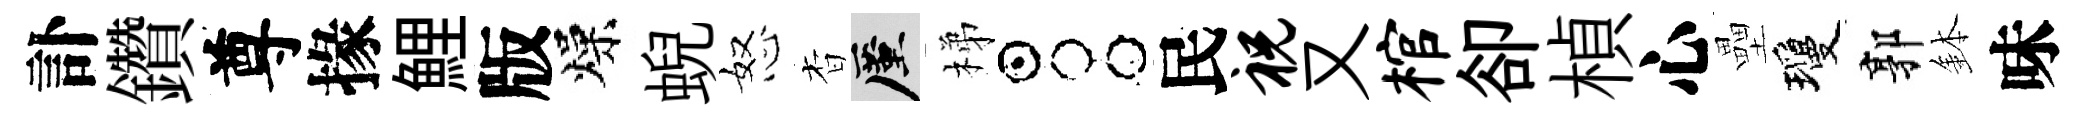
訃鑽尊掾鯉版燥蜺怒杳厪梯占民祝又棺卻楨心壘瓊郭鉢味